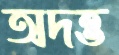
অদত্ত